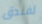
لفندق